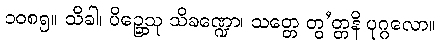
၁၀၈၅။ သိခါ၊ ပိဉ္ဆေသု သိခဏ္ဍော၊ သတ္တေ တွ’တ္တနိ ပုဂ္ဂလော။